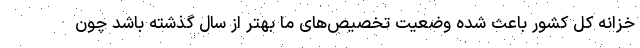
خزانه کل کشور باعث شده وضعیت تخصیص‌های ما بهتر از سال گذشته باشد چون